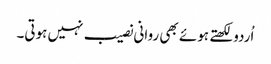
اُردو لکھتے ہوئے بھی روانی نصیب نہیں ہوتی۔